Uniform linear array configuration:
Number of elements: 24
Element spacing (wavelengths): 0.25
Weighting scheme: kaiser
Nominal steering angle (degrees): -60
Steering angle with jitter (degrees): -61.033
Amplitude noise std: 0.05
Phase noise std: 0.05

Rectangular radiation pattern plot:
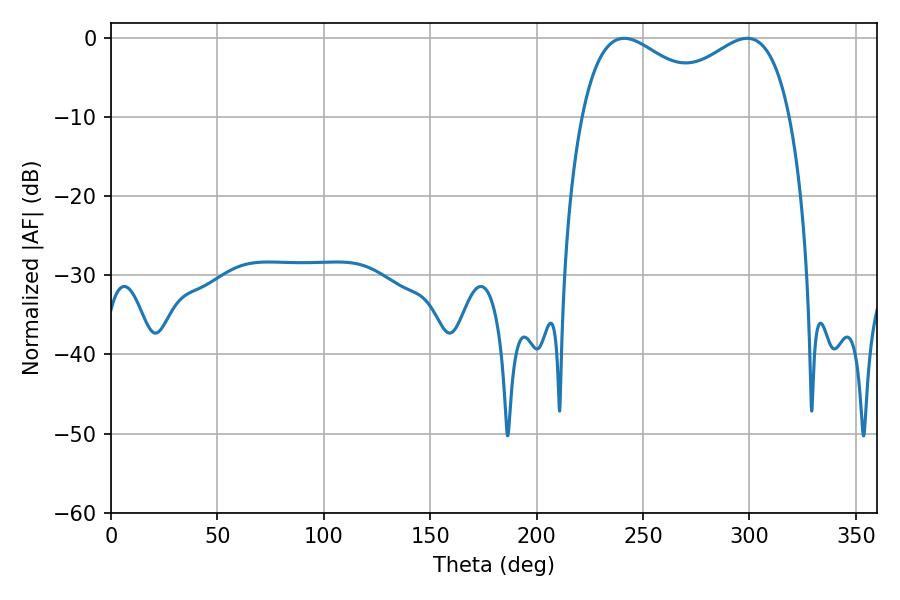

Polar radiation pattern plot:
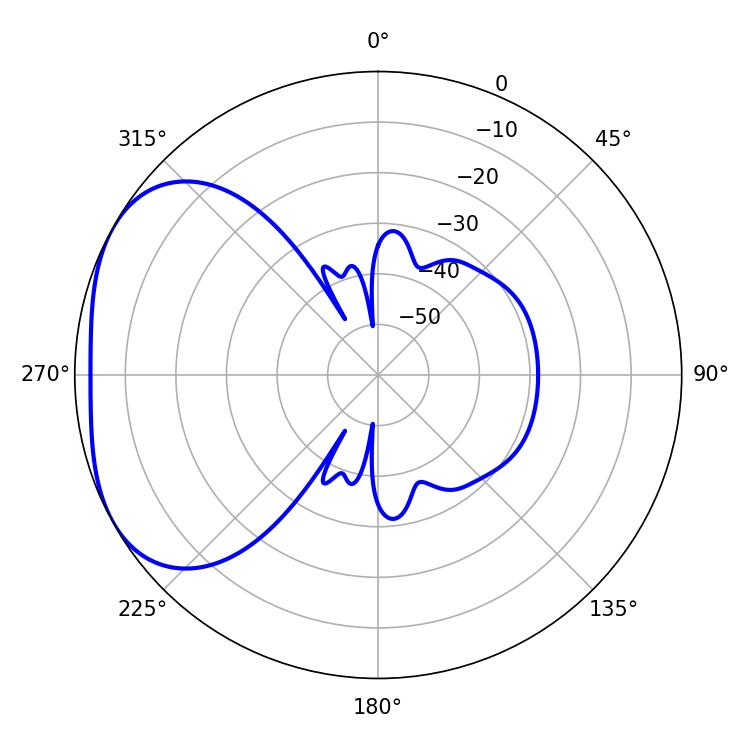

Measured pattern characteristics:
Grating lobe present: FALSE
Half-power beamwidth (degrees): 37.26
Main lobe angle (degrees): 241.02